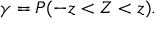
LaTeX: \gamma = P ( - z < Z < z ) .